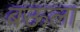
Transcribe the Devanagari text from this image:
बऊला